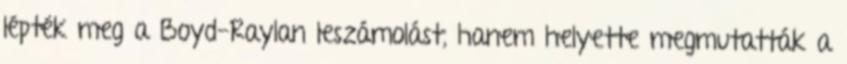
lépték meg a Boyd-Raylan leszámolást, hanem helyette megmutatták a